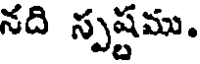
నది స్పష్టము.